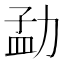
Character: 勐